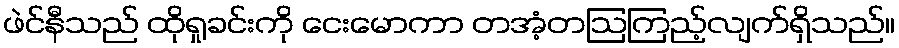
ဖဲင်နီသည် ထိုရှုခင်းကို ငေးမောကာ တအံ့တဩကြည့်လျက်ရှိသည်။